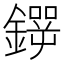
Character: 𲇢